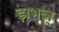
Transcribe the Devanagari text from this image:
झभञ्